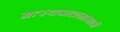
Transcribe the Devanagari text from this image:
मत्‍स्यपालनासाठी